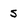
Character: s